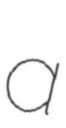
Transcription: a